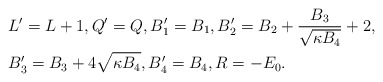
\begin{align*} &L'=L+1, Q'=Q, B'_1=B_1, B'_2= B_2 + \frac{B_3}{\sqrt{\kappa B_4}} + 2, \\ &B'_3 = B_3 + 4 \sqrt{\kappa B_4}, B'_4 = B_4, R = - E_0.\end{align*}